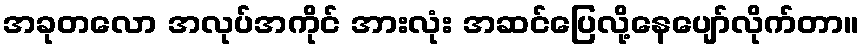
အခုတလော အလုပ်အကိုင် အားလုံး အဆင်ပြေလို့နေပျော်လိုက်တာ။